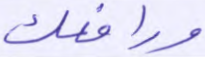
ورافعك